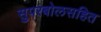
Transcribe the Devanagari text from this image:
सुपरबोलसहित